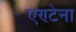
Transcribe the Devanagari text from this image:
एण्टेना